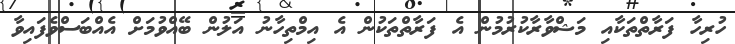
ހުރިހާ ފަރާތްތަކާއި މަޝްވާރާކުރުމުން އެ ފަރާތްތަކުން އެ އިމްތިހާނު އަލުން ބޭއްވުމަށް އެއްބަސްވެފައިވާ